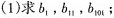
(1)求b_{1},b_{11},b_{101}；